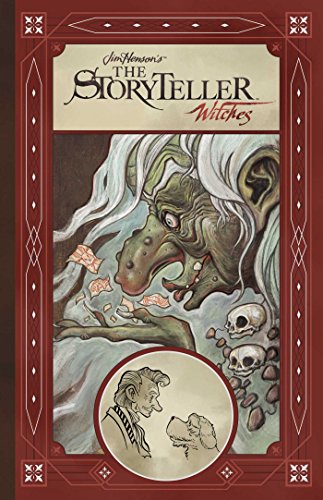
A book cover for Jim Henson's Storyteller: Witches (Jim Henson's the Storyteller); various; Comics & Graphic Novels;